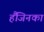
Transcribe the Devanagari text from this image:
हैंजिनका